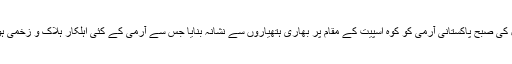
منگل کی صبح پاکستانی آرمی کو کوہ اسپیت کے مقام پر بھاری ہتھیاروں سے نشانہ بنایا جس سے آرمی کے کئی اہلکار ہلاک و زخمی ہوئے۔